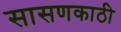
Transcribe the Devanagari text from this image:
सासणकाठी